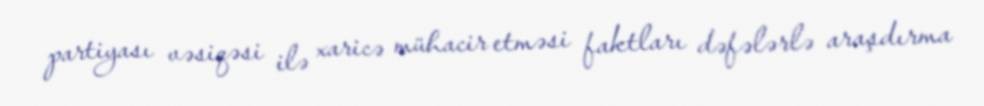
partiyası vəsiqəsi ilə xaricə mühacir etməsi faktları dəfələrlə araşdırma